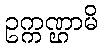
ဥက္ကဏ္ဌာမိ